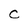
Character: C